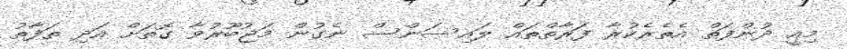
މިއީ ދުންފަތް އެތެރެކުރާ ފަރާތްތައް ލައިސަންސް ނެގުން މަޖުބޫރުވާ ގޮތަށް އަދި ތަފާތު